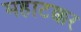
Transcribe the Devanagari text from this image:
महाटक्कर